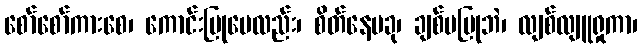
စော်စော်ကားစေ၊ ကောင်းပြုပေလည်း၊ စိတ်နေမခု၊ ချစ်မပြုဘဲ၊ လျစ်လျူရှုကာ၊